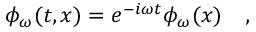
\phi _ { \omega } ( t , x ) = e ^ { - i \omega t } \phi _ { \omega } ( x ) ~ ~ ~ ,